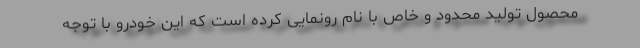
محصول تولید محدود و خاص با نام رونمایی کرده است که این خودرو با توجه